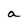
Character: a